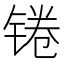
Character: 锩